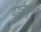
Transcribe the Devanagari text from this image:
युद्धनैपुण्याचे